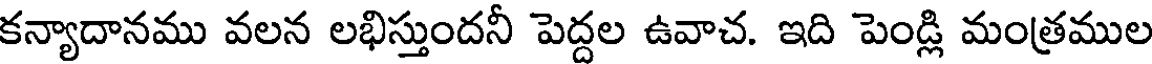
కన్యాదానము వలన లభిస్తుందనీ పెద్దల ఉవాచ. ఇది పెండ్లి మంత్రముల